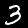
Label: 3